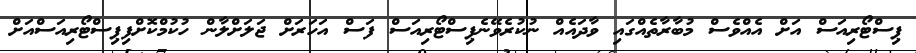
ޕިސްޓޯރިއަސް އަށް އެއްވެސް މުބާރާތެއްގައި ވާދައެއް ނުކުރެވޭނެޕިސްޓޯރިއަސް ފަސް އަހަރަށް ޖަލަށްލާން ހުކުމްކޮށްފިޕިސްޓޯރިއަސްއަށް